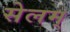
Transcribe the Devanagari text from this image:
सेलम्